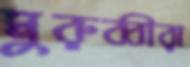
মুরুব্বীরা